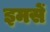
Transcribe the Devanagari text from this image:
इमसें